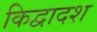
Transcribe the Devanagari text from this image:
किद्वादश